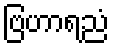
ဗြဟာရညံ